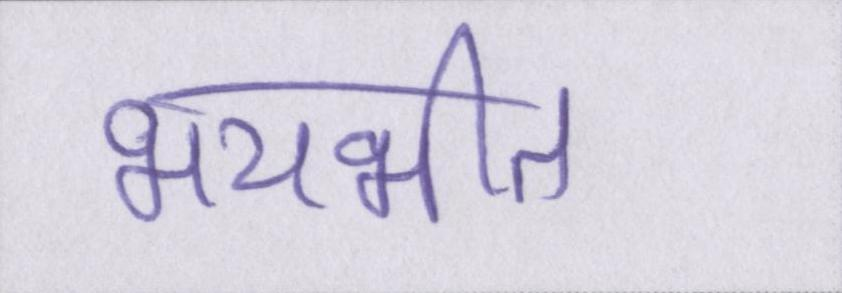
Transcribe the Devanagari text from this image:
भयभीत